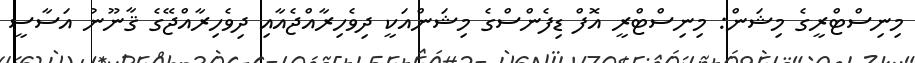
މިނިސްޓްރީގެ މިޝަން: މިނިސްޓްރީ އޮފް ޑިފެންސްގެ މިޝަންއަކީ ދިވެހިރާއްޖެއާއި ދިވެހިރާއްޖޭގެ ޤާނޫނު އަސާސީ